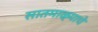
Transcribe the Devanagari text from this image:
सातमाळ्याचे